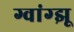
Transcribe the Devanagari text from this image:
ग्वांग्झू